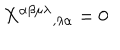
X ^ { \alpha \beta \mu \lambda } { } _ { , \lambda \alpha } = 0